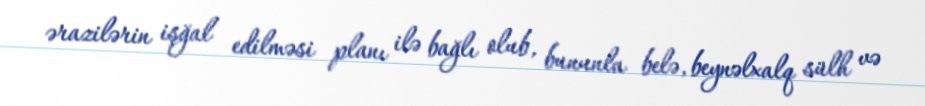
ərazilərin işğal edilməsi planı ilə bağlı olub, bununla belə, beynəlxalq sülh və